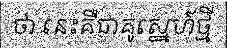
ថា នេះគឺជាគូស្នេហ៍ថ្មី